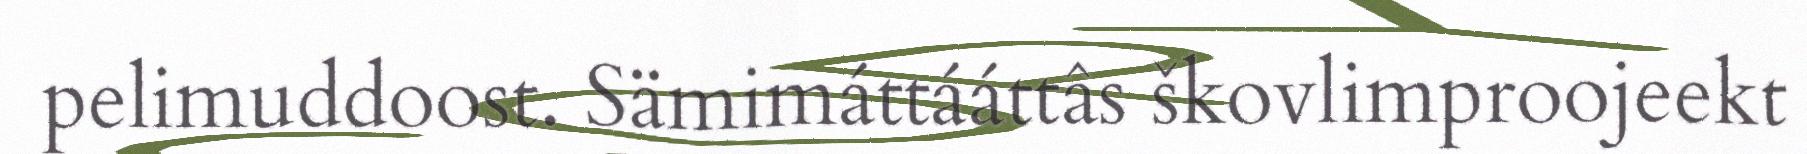
pelimuddoost. Sämimáttááttâs škovlimproojeekt